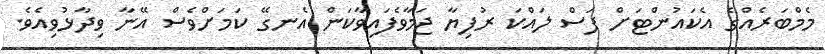
މެމްބަރެއްގެ އެކައުންޓަށް ފަސް ލައްކަ ރުފިޔާ ޖަމާވެފައިވާކަން އެނގޭ ކަމަށްވެސް އޭނާ ވިދާޅުވިއެވެ.